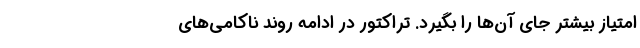
امتیاز بیشتر جای آن‌ها را بگیرد. تراکتور در ادامه روند ناکامی‌های